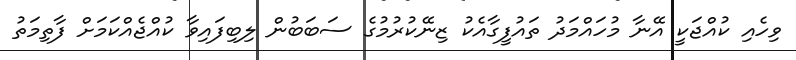
ވިހެއި ކުއްޖަކީ އޭނާ މުހައްމަދު ތައުފީގާއެކު ޒިނޭކުރުމުގެ ސަބަބުން ލިބިފައިވާ ކުއްޖެއްކަމަށް ފާތިމަތު